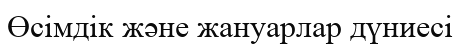
Өсімдік және жануарлар дүниесі